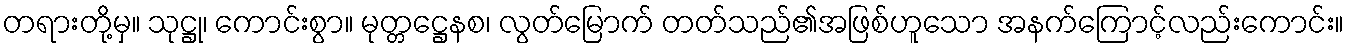
တရားတို့မှ။ သုဋ္ဌု၊ ကောင်းစွာ။ မုတ္တဋ္ဌေနစ၊ လွတ်မြောက် တတ်သည်၏အဖြစ်ဟူသော အနက်ကြောင့်လည်းကောင်း။